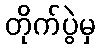
တိုက်ပွဲမှ